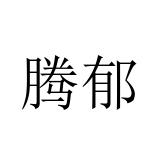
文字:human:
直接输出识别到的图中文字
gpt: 腾郁